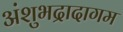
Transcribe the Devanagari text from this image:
अंशुभद्रादागम